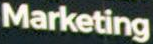
Marketing